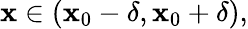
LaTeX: \mathbf{x}\in(\mathbf{x}_{0}-\delta,\mathbf{x}_{0}+\delta),